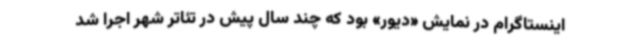
اینستاگرام در نمایش «دیور» بود که چند سال پیش در تئاتر شهر اجرا شد